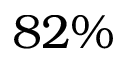
8 2 \%